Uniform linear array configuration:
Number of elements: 64
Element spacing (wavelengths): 1
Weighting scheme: hann
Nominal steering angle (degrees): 30
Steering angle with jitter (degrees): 28.847
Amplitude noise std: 0.05
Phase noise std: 0.05

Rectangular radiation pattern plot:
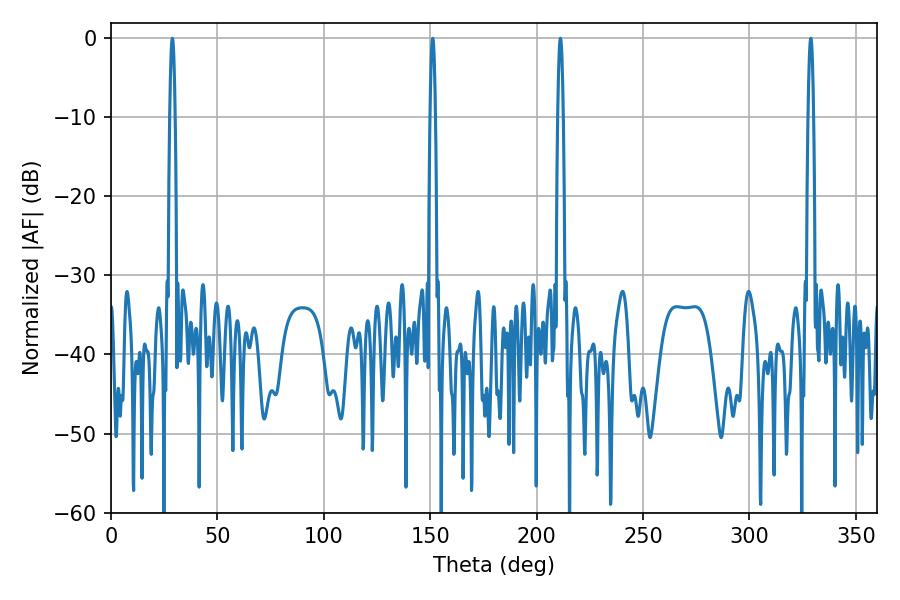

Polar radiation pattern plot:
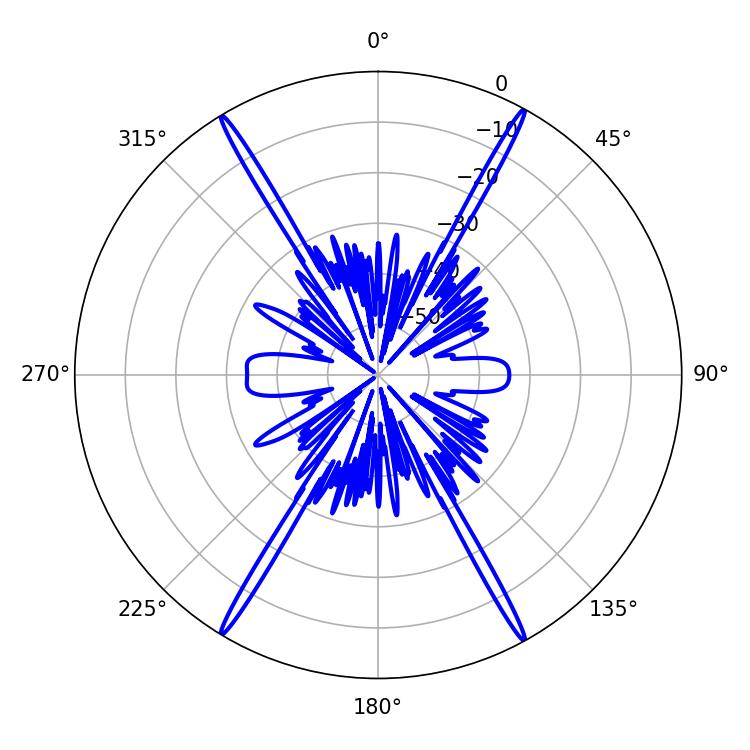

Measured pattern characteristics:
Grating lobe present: TRUE
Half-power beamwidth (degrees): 1.44
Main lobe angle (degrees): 211.14